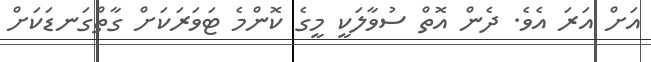
އަށް އަރަ އެވެ. ދެން އޮތް ސުވާލަކީ މީގެ ކޮންމެ ޓަވަރަކަށް ގާތްގަނޑަކަށް